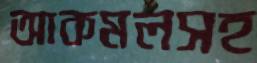
আকমলসহ